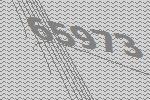
65973